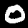
Digit: 0